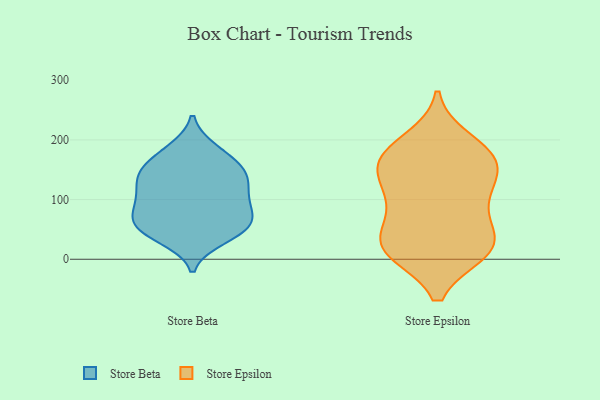
{"axis": {"x": "Demand Index", "y": "Value"}, "legend": ["Store Beta", "Store Epsilon"], "data": [{"x": "", "y": 112, "type": "Store Beta"}, {"x": "", "y": 148, "type": "Store Beta"}, {"x": "", "y": 73, "type": "Store Beta"}, {"x": "", "y": 181, "type": "Store Beta"}, {"x": "", "y": 54, "type": "Store Beta"}, {"x": "", "y": 135, "type": "Store Beta"}, {"x": "", "y": 184, "type": "Store Beta"}, {"x": "", "y": 44, "type": "Store Beta"}, {"x": "", "y": 61, "type": "Store Beta"}, {"x": "", "y": 98, "type": "Store Beta"}, {"x": "", "y": 87, "type": "Store Beta"}, {"x": "", "y": 137, "type": "Store Beta"}, {"x": "", "y": 93, "type": "Store Beta"}, {"x": "", "y": 155, "type": "Store Beta"}, {"x": "", "y": 47, "type": "Store Beta"}, {"x": "", "y": 153, "type": "Store Beta"}, {"x": "", "y": 35, "type": "Store Beta"}, {"x": "", "y": 122, "type": "Store Beta"}, {"x": "", "y": 61, "type": "Store Beta"}, {"x": "", "y": 38, "type": "Store Epsilon"}, {"x": "", "y": 21, "type": "Store Epsilon"}, {"x": "", "y": 21, "type": "Store Epsilon"}, {"x": "", "y": 14, "type": "Store Epsilon"}, {"x": "", "y": 19, "type": "Store Epsilon"}, {"x": "", "y": 100, "type": "Store Epsilon"}, {"x": "", "y": 167, "type": "Store Epsilon"}, {"x": "", "y": 157, "type": "Store Epsilon"}, {"x": "", "y": 119, "type": "Store Epsilon"}, {"x": "", "y": 74, "type": "Store Epsilon"}, {"x": "", "y": 110, "type": "Store Epsilon"}, {"x": "", "y": 198, "type": "Store Epsilon"}, {"x": "", "y": 162, "type": "Store Epsilon"}, {"x": "", "y": 165, "type": "Store Epsilon"}, {"x": "", "y": 16, "type": "Store Epsilon"}, {"x": "", "y": 177, "type": "Store Epsilon"}]}